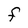
Character: F